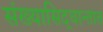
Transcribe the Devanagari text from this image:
संख्यासिद्धान्तात